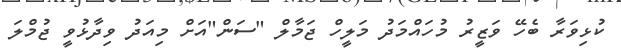
ކުޅިވަރާ ބެހޭ ވަޒީރު މުހައްމަދު މަލީހް ޖަމާލް "ސަން"އަށް މިއަދު ވިދާޅުވީ ޖުމްލަ